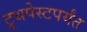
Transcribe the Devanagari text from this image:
टूथपेस्टपर्यंत